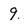
Character: 9